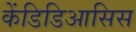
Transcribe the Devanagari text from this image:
केंडिडिआसिस